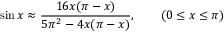
\sin x \approx { \frac { 1 6 x ( \pi - x ) } { 5 \pi ^ { 2 } - 4 x ( \pi - x ) } } , \qquad ( 0 \leq x \leq \pi )